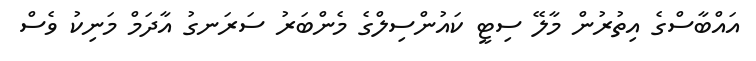
އައްބާސްގެ އިތުރުން މާލޭ ސިޓީ ކައުންސިލްގެ މެންބަރު ސަރަނގު އާދަމް މަނިކު ވެސް